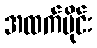
အထက်ပိုင်း